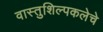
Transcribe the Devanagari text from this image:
वास्तुशिल्पकलेचे